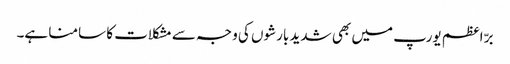
برّ اعظم یورپ میں بھی شدید بارشوں کی وجہ سے مشکلات کا سامنا ہے۔